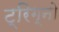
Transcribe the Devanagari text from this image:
ट्रिग्नो